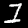
Digit: 1